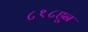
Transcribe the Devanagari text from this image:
८१८हून